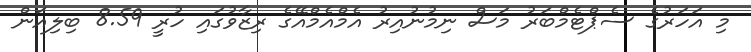
މި އަހަރުގެ ސެޕްޓެމްބަރު މަސް ނިމުނުއިރު އެމްއެމްއޭގެ ރިޒާވުގައި ހުރީ 8.59 ބިލިއަން